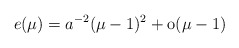
\begin{align*} e(\mu) = a^{-2} (\mu -1)^2 + \hbox{o} (\mu-1)\end{align*}